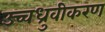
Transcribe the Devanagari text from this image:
उच्चध्रुवीकरण